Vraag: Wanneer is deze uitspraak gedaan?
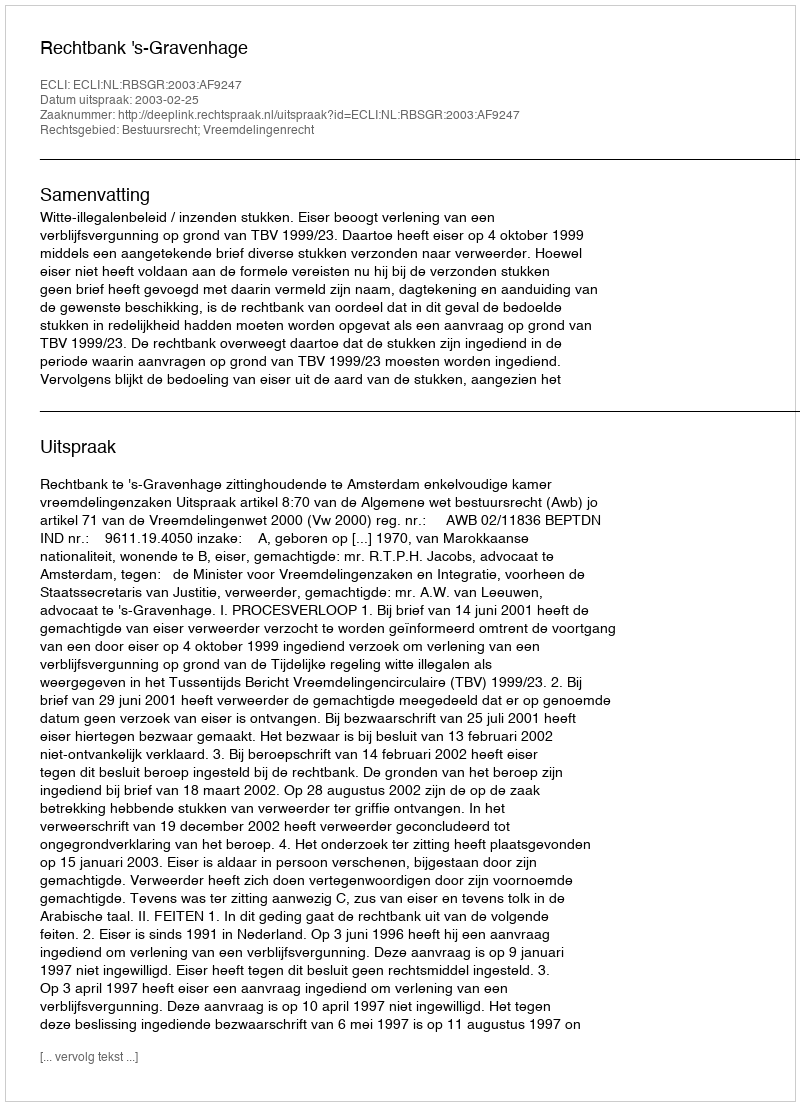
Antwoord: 2003-02-25